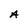
Character: A